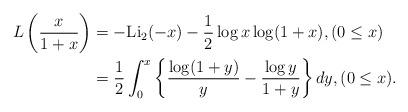
LaTeX: \begin{align*}L\left(\frac{x}{1+x}\right)&=-\mathrm{Li_2}(-x)-\frac{1}{2}\log x \log(1+x),(0\leq x)\\&=\frac{1}{2}\int_0^{x}\left\{\frac{\log (1+y)}{y}-\frac{\log y}{1+y}\right\}dy,(0\leq x).\end{align*}